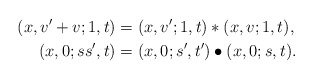
\begin{align*}(x,v'+v;1,t) &= (x,v';1,t) \ast (x,v;1,t), \cr(x,0; ss',t) &= (x,0;s',t') \bullet (x,0;s,t).\end{align*}